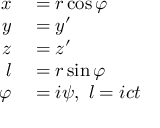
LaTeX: \scriptstyle { \begin{array} { r l } { x } & { { } = r \cos \varphi } \\ { y } & { { } = y ^ { \prime } } \\ { z } & { { } = z ^ { \prime } } \\ { l } & { { } = r \sin \varphi } \\ { \varphi } & { { } = i \psi , \ l = i c t } \end{array} }